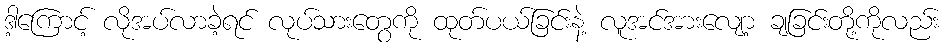
ဒါ့ကြောင့် လိုအပ်လာခဲ့ရင် လုပ်သားတွေကို ထုတ်ပယ်ခြင်းနဲ့ လူအင်အားလျော့ ချခြင်းတို့ကိုလည်း